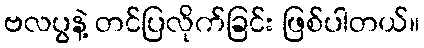
ဗလပွနဲ့ တင်ပြလိုက်ခြင်း ဖြစ်ပါတယ်။